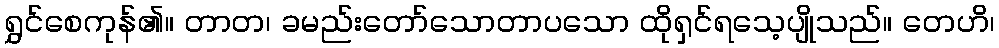
ရွှင်စေကုန်၏။ တာတ၊ ခမည်းတော်သောတာပသော ထိုရှင်ရသေ့ပျိုသည်။ တေဟိ၊